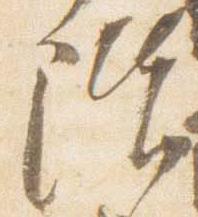
階